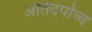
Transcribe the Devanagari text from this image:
अतिदर्पाच्च